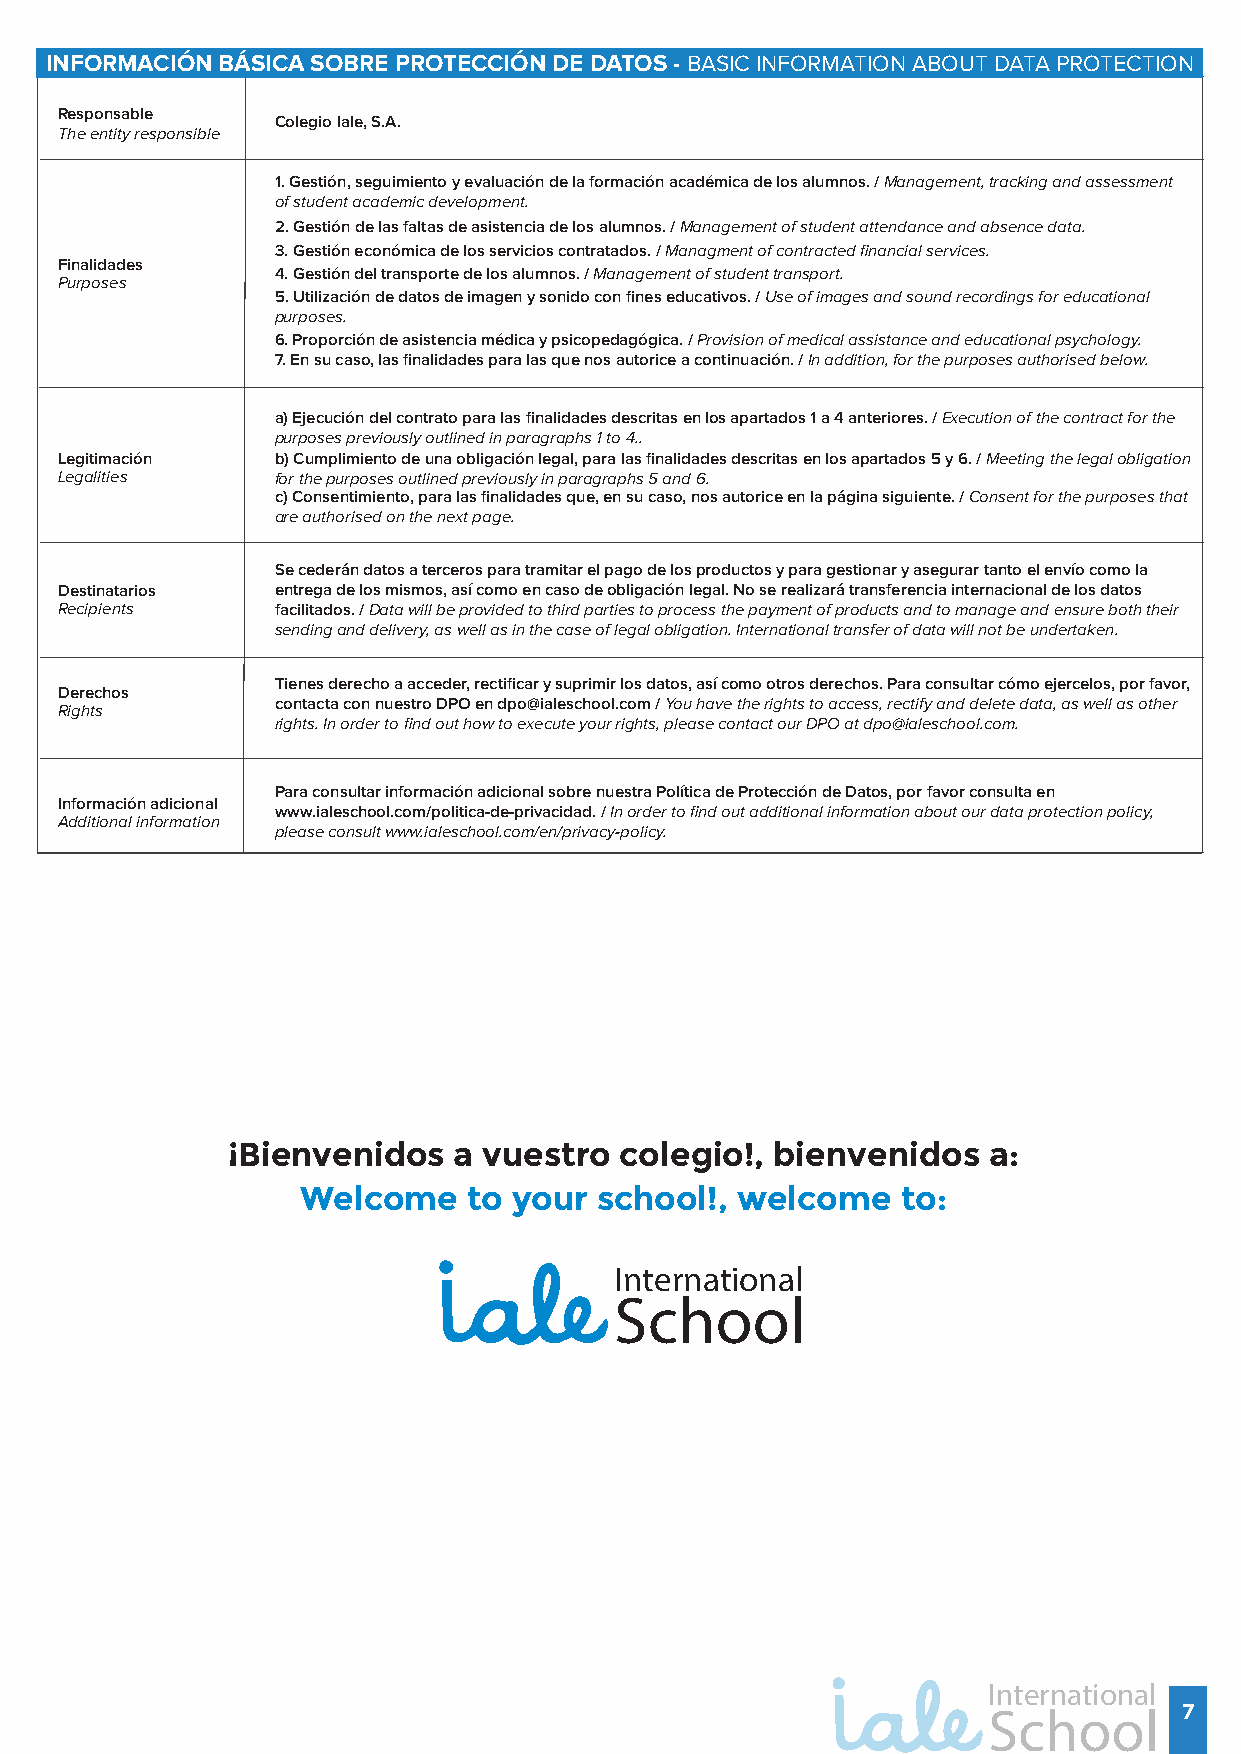
INFORMACIÓN BÁSICA SOBRE PROTECCIÓN DE DATOS - BASIC INFORMATION ABOUT DATA PROTECTION
 Responsable
 Colegio Iale, S.A.
 The entity responsible
 1. Gestión, seguimiento y evaluación de la formación académica de los alumnos. / Management, tracking and assessment
 of student academic development.
 2. Gestión de las faltas de asistencia de los alumnos. / Management of student attendance and absence data.
 3. Gestión económica de los servicios contratados. / Managment of contracted financial services.
 Finalidades
 4. Gestión del transporte de los alumnos. / Management of student transport.
 Purposes
 5. Utilización de datos de imagen y sonido con fines educativos. / Use of images and sound recordings for educational
 purposes.
 6. Proporción de asistencia médica y psicopedagógica. / Provision of medical assistance and educational psychology.
 7. En su caso, las finalidades para las que nos autorice a continuación. / In addition, for the purposes authorised below.
 a) Ejecución del contrato para las finalidades descritas en los apartados 1 a 4 anteriores. / Execution of the contract for the
 purposes previously outlined in paragraphs 1 to 4..
 Legitimación  b) Cumplimiento de una obligación legal, para las finalidades descritas en los apartados 5 y 6. / Meeting the legal obligation
 Legalities    for the purposes outlined previously in paragraphs 5 and 6.
 c) Consentimiento, para las finalidades que, en su caso, nos autorice en la página siguiente. / Consent for the purposes that
 are authorised on the next page.
 Se cederán datos a terceros para tramitar el pago de los productos y para gestionar y asegurar tanto el envío como la
 Destinatarios entrega de los mismos, así como en caso de obligación legal. No se realizará transferencia internacional de los datos
 Recipients    facilitados. / Data will be provided to third parties to process the payment of products and to manage and ensure both their
 sending and delivery, as well as in the case of legal obligation. International transfer of data will not be undertaken.
 Tienes derecho a acceder, rectificar y suprimir los datos, así como otros derechos. Para consultar cómo ejercelos, por favor,
 Derechos
 contacta con nuestro DPO en dpo@ialeschool.com / You have the rights to access, rectify and delete data, as well as other
 Rights
 rights. In order to find out how to execute your rights, please contact our DPO at dpo@ialeschool.com.
 Para consultar información adicional sobre nuestra Política de Protección de Datos, por favor consulta en
 Información adicional
 www.ialeschool.com/politica-de-privacidad. / In order to find out additional information about our data protection policy,
 Additional information
 please consult www.ialeschool.com/en/privacy-policy.
 ¡Bienvenidos   a vuestro  colegio!, bienvenidos   a:
 Welcome    to your  school!, welcome    to:
 International
 School
 International
 School       7